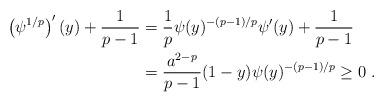
LaTeX: \begin{align*}\left( \psi^{1/p} \right)'(y) + \frac{1}{p-1} & = \frac{1}{p} \psi(y)^{-(p-1)/p} \psi'(y) + \frac{1}{p-1} \\& = \frac{a^{2-p}}{p-1} (1-y) \psi(y)^{-(p-1)/p} \ge 0\ .\end{align*}